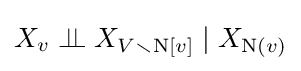
X_{v}\perp \!\!\!\perp X_{V\smallsetminus \operatorname {N} [v]}\mid X_{\operatorname {N} (v)}